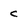
Character: c